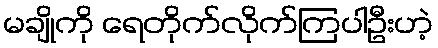
မချိုကို ရေတိုက်လိုက်ကြပါဦးဟဲ့